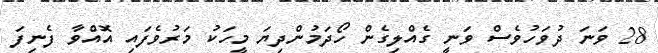
28 ވަނަ ދުވަހުވެސް ވަނީ ގެއްލިގެން ހޯދަމުންދިޔަ މީހަކު މަރުވެފައި އޮއްވާ ފެނިފަ